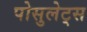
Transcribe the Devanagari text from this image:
पोसुलेट्स